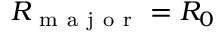
R _ { \mathrm { ~ m ~ a ~ j ~ o ~ r ~ } } = R _ { 0 }